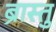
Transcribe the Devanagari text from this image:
ब्रास्तु